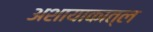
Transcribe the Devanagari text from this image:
अशायाकात्ल